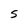
Character: 5